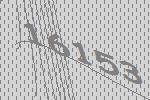
16153